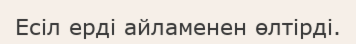
Есіл ерді айламенен өлтірді.